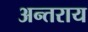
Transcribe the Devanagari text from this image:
अन्तराय